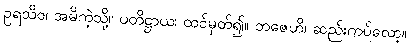
ဥရသိဝ၊ အမိကဲ့သို့။ ပတိဋ္ဌာယ၊ ထင်မှတ်၍။ ဘဇေဟိ၊ ဆည်းကပ်လော့။